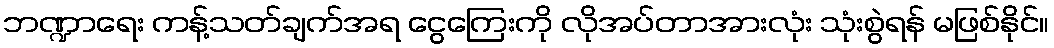
ဘဏ္ဍာရေး ကန့်သတ်ချက်အရ ငွေကြေးကို လိုအပ်တာအားလုံး သုံးစွဲရန် မဖြစ်နိုင်။